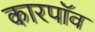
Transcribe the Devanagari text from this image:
कारपॉव